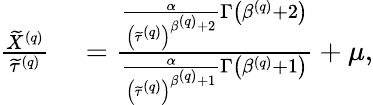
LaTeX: \begin{array}{rl}{\frac{\widetilde{X}^{\left(q\right)}}{\widetilde{\tau}^{\left(q\right)}}}&{{}=\frac{\frac{\alpha}{\left(\widetilde{\tau}^{\left(q\right)}\right)^{\beta^{\left(q\right)}+2}}\Gamma\left(\beta^{\left(q\right)}+2\right)}{\frac{\alpha}{\left(\widetilde{\tau}^{\left(q\right)}\right)^{\beta^{\left(q\right)}+1}}\Gamma\left(\beta^{\left(q\right)}+1\right)}+\mu,}\end{array}